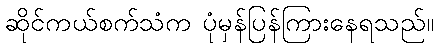
ဆိုင်ကယ်စက်သံက ပုံမှန်ပြန်ကြားနေရသည်။